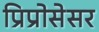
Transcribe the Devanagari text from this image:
प्रिप्रोसेसर